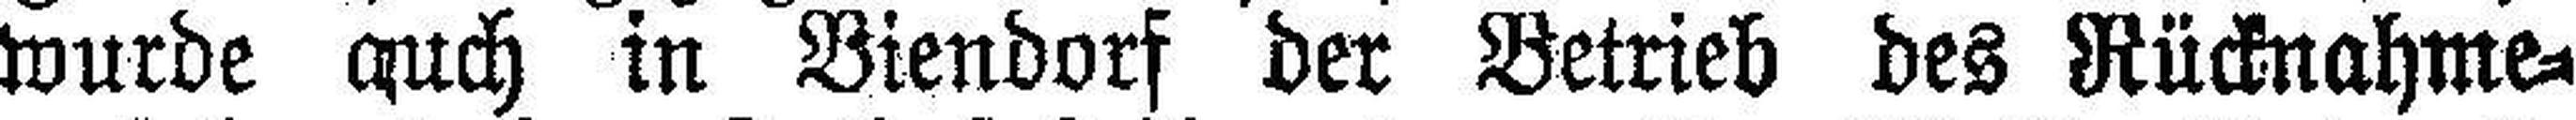
wurde auch in Biendorf der Betrieb des Rücknahme¬